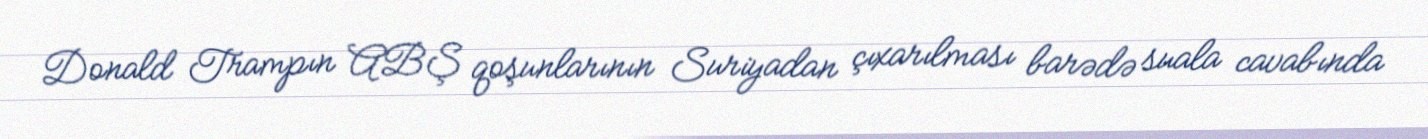
Donald Trampın ABŞ qoşunlarının Suriyadan çıxarılması barədə suala cavabında